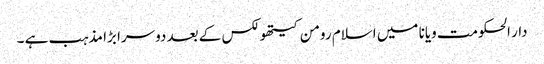
دار الحکومت ویانا میں اسلام رومن کیتھولکس کے بعد دوسرا بڑا مذہب ہے ۔